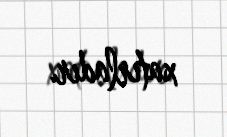
xatırladır.